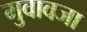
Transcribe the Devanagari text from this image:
मुवावजा